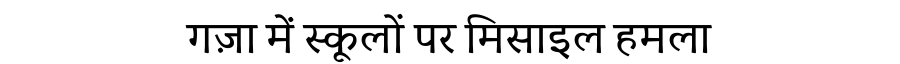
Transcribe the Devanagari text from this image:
गज़ा में स्कूलों पर मिसाइल हमला